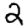
Digit: 2